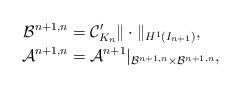
LaTeX: \begin{align*}\mathcal{B}^{n+1,n}&=\mathcal{C}'_{K_n}\|\cdot\|_{H^{1}(I_{n+1})},\\ \mathcal{A}^{n+1,n}&=\mathcal{A}^{n+1}|_{\mathcal{B}^{n+1,n} \times \mathcal{B}^{n+1,n}},\end{align*}